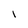
Character: I